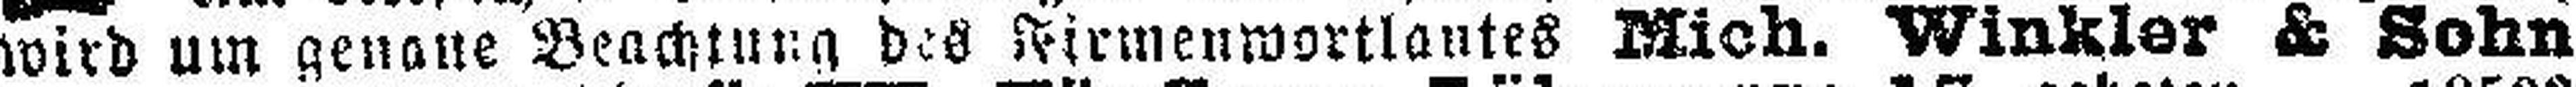
wird um genaue Beachtung des Firmenwortlautes Mich. Winkler & Sohn